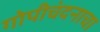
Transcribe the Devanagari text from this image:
गोपीचंदनाचा